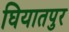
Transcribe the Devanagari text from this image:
घियातपुर